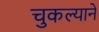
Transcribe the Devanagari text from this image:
चुकल्याने